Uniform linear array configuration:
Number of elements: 16
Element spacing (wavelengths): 1
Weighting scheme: hann
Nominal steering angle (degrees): -45
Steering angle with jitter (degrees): -43.297
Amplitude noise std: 0.05
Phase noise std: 0.05

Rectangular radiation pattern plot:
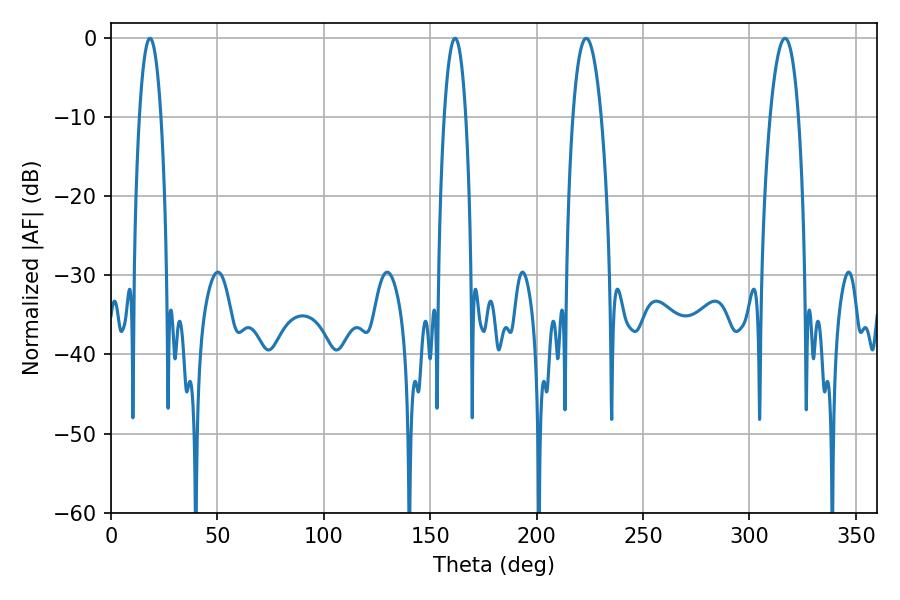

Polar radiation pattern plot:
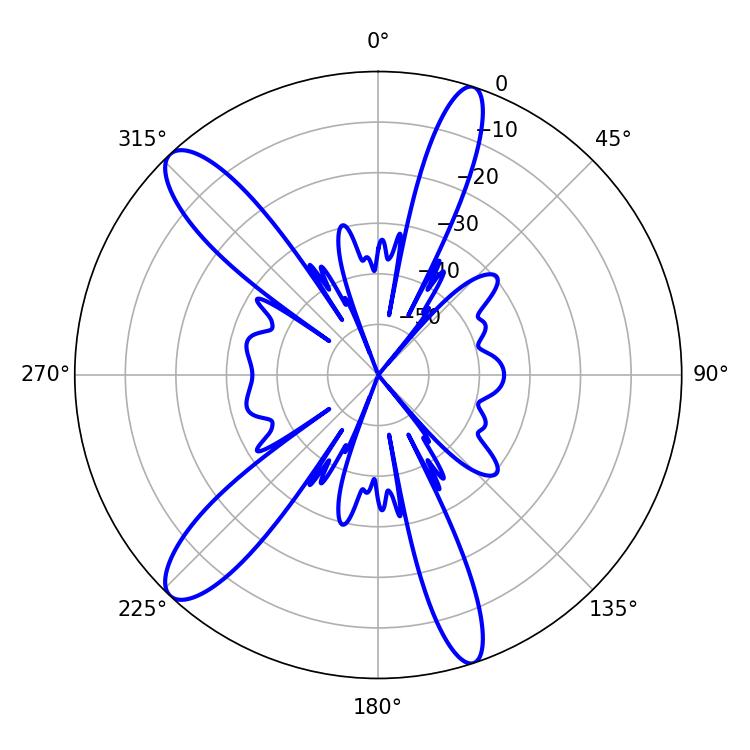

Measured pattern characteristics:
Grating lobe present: TRUE
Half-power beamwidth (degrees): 5.76
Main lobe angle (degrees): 161.64